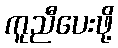
ကူညီပေးဖို့